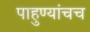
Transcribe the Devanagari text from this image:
पाहुण्यांचच